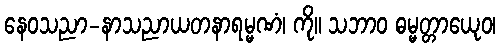
နေဝသညာ-နာသညာယတနာရမ္မဏံ၊ ကို။ သဘာဝ ဓမ္မတ္တာယေုဝ၊